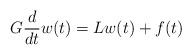
LaTeX: \begin{align*}G \frac{d}{dt} w(t) = L w(t) + f(t)\end{align*}